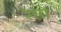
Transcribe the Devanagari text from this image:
रेत्तो